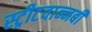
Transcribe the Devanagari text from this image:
स्ट्रीटवान्नबी